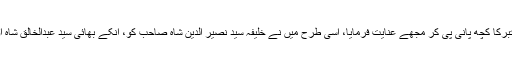
میں نے پیالا حضور سوہنا سائیں علیہ الرحمۃ کو پیش کیا آپ نے تبرکا کچھ پانی پی کر مجھے عنایت فرمایا، اسی طرح میں نے خلیفہ سید نصیر الدین شاہ صاحب کو، انکے بھائی سید عبدالخالق شاہ اور مولانا رحمۃ اللہ ریاستی نے وہ بابرکت پس خوردہ پانی پی لیا۔